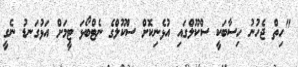
"ހިތް ޖެހުނު ހިސާބަކީ ސްކޫލްގައި އުޅެނިކޮށް ސްކޫލްގެ ނެޓްބޯޅަ ޓީމަށް އަޅުގަނޑު ނެގީ